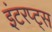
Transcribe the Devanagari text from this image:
इंटरप्ट्स